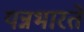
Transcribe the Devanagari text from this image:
यन्नभारते